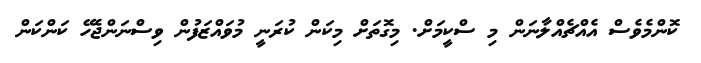
ކޮންމެވެސް އެއްޗެއްލާނަން މި ސްކީމަށް. މިގޮތަށް މިކަން ކުރަނީ މުވައްޒަފުން ވިސްނަންޖެހޭ ކަންކަން